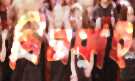
পিনকাই